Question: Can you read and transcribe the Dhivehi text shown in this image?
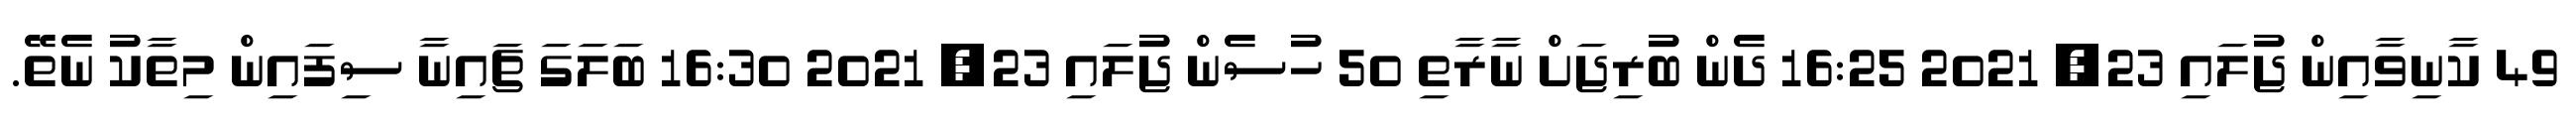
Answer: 49 ކާނިވާއިން ޖުލައި 23, 2021 16:25 ދެން ބުރިޖަށް ނާރާތި 50 ހުސެން ޖުލައި 23, 2021 16:30 ބަލަގަ ޗައިނާ ސިފައިން މިތާކު ނެތޭ.